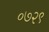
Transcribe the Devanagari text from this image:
०७२९